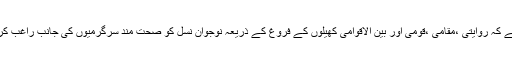
2013ء)مرکزی صدر انجمن تاجران(رجسٹرڈ) چوہدری محمد نعیم نے کہا ہے کہ روایتی ،مقامی ،قومی اور بین الاقوامی کھیلوں کے فروغ کے ذریعہ نوجوان نسل کو صحت مند سرگرمیوں کی جانب راغب کر کے ہم ایک توانا ،صحتمند اور باوقار معاشرہ کا قیام عمل میں لا سکتے ہیں۔